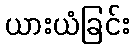
ယားယံခြင်း